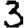
Digit: 3